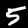
Digit: 5